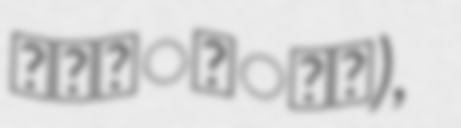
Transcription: മൽപ്പാൻ),